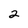
Character: 2